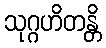
သုဂ္ဂဟိတန္တိ